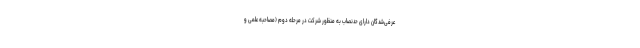
عرفی‌شدگان دارای حدنصاب به منظور شرکت در مرحله دوم (مصاحبه علمی و